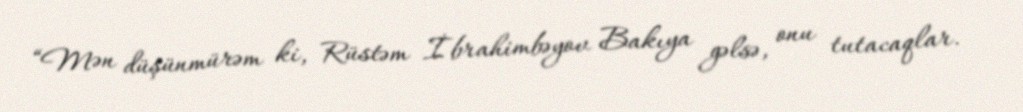
“Mən düşünmürəm ki, Rüstəm İbrahimbəyov Bakıya gəlsə, onu tutacaqlar.